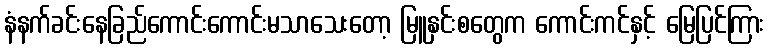
နံနက်ခင်းနေခြည်ကောင်းကောင်းမသာသေးတော့ မြူနှင်းစတွေက ကောင်းကင်နှင့် မြေပြင်ကြား